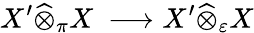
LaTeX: X^{\prime}{\widehat{\otimes}}_{\pi}X\ \longrightarrow X^{\prime}{\widehat{\otimes}}_{\varepsilon}X